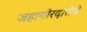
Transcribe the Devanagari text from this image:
जहागीरदारीचे